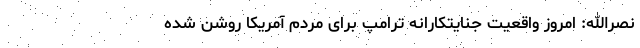
نصرالله: امروز واقعیت جنایتکارانه ترامپ برای مردم آمریکا روشن شده